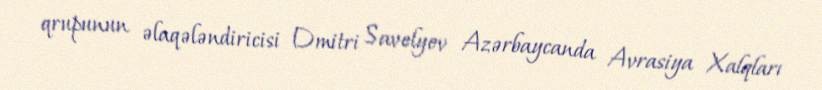
qrupunun əlaqələndiricisi Dmitri Savelyev Azərbaycanda Avrasiya Xalqları